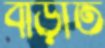
বাড়াত